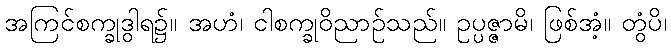
အကြင်စက္ခုဒွါရ၌။ အဟံ၊ ငါစက္ခုဝိညာဉ်သည်။ ဥပ္ပဇ္ဇာမိ၊ ဖြစ်အံ့။ တွံပိ၊